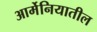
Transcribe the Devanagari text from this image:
आर्मेनियातील